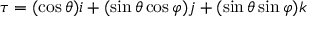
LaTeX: \tau = ( \cos \theta ) i + ( \sin \theta \cos \varphi ) j + ( \sin \theta \sin \varphi ) k